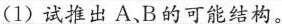
(1)试推出A、B的可能结构。